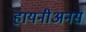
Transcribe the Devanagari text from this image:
हायनीअनस